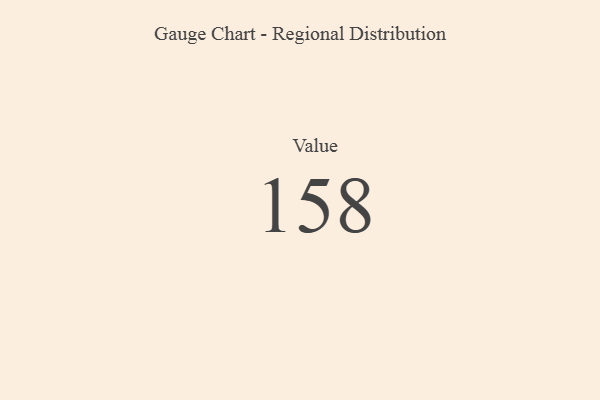
{"axis": {"x": "Metric", "y": "Value"}, "legend": [""], "data": [{"x": "Value", "y": 158, "type": ""}]}